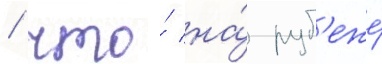
/ что́ на́ руб'еже́